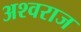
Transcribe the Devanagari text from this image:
अश्वराज